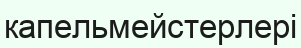
капельмейстерлері